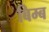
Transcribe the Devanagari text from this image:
बिम्‍ब